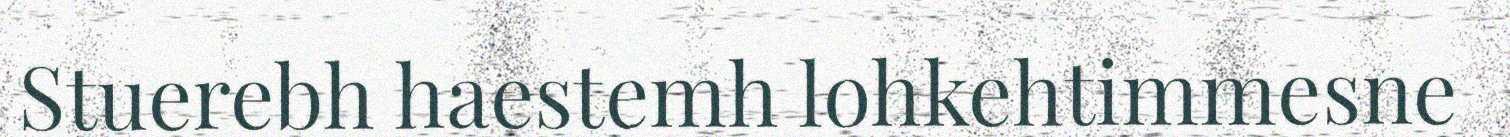
Stuerebh haestemh lohkehtimmesne